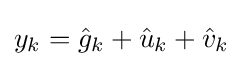
y_{k}={\hat {g}}_{k}+{\hat {u}}_{k}+{\hat {v}}_{k}